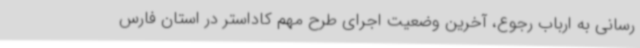
رسانی به ارباب رجوع، آخرین وضعیت اجرای طرح مهم کاداستر در استان فارس